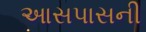
આસપાસની